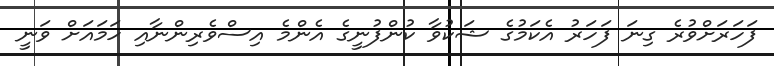
ފަހަރަށްވުރެ ގިނަ ފަހަރު އެކަމުގެ ޝަކުވާ ކުންފުނީގެ އެންމެ އިސްވެރިންނާއި ހަމައަށް ވަނީ